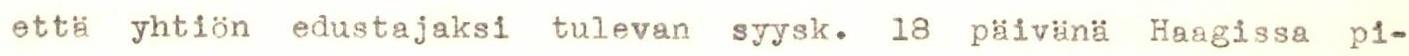
että yhtiön edustajaksi tulevan syysk. 18 päivänä Haagissa pi-